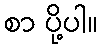
စာ ပို့ပါ။